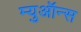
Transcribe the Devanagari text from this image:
म्युऑन्स